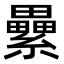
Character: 纍